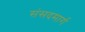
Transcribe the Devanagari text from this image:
संसदमार्ग